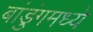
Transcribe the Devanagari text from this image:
बांडुंगमध्ये